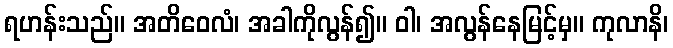
ရဟန်းသည်။ အတိဝေလံ၊ အခါကိုလွန်၍။ ဝါ၊ အလွန်နေမြင့်မှ။ ကုလာနိ၊